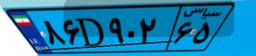
۸۶D۹۰۲۶۵